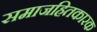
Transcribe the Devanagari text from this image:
समाजहितकारक